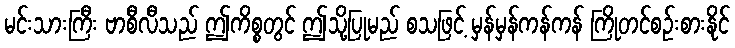
မင်းသားကြီး ဗာစီလီသည် ဤကိစ္စတွင် ဤသို့ပြုမည် စသဖြင့် မှန်မှန်ကန်ကန် ကြိုတင်စဉ်းစားနိုင်